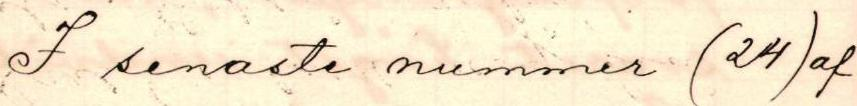
I senaste nummer (24) af